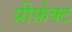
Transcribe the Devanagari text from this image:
प्रीफ़ेक्ट